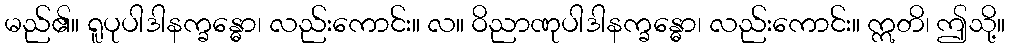
မည်၏။ ရူပုပါဒါနက္ခန္ဓော၊ လည်းကောင်း။ လ။ ဝိညာဏုပါဒါနက္ခန္ဓော၊ လည်းကောင်း။ ဣတိ၊ ဤသို့။